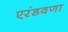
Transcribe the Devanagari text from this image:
एरंडवणा